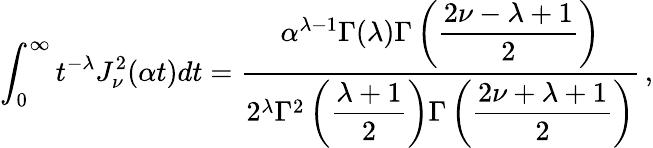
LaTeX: \int_{0}^{\infty}t^{-\lambda}J_{\nu}^{2}(\alpha t)dt=\frac{\alpha^{\lambda-1}\Gamma(\lambda)\Gamma\left(\displaystyle{\frac{2\nu-\lambda+1}{2}}\right)}{2^{\lambda}\Gamma^{2}\left(\displaystyle{\frac{\lambda+1}{2}}\right)\Gamma\left(\displaystyle{\frac{2\nu+\lambda+1}{2}}\right)}\, ,